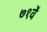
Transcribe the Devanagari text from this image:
७१वें